system: You are a helpful assistant.
user:
Analyze the provided spectrum to determine if it is a **White Dwarf (WD)**.

A White Dwarf spectrum is defined by its **extreme purity** (due to gravitational settling) and/or **extreme pressure broadening** (due to high surface gravity). You must check for one of the following mutually exclusive signatures:

- **Key Visual Indicators (Check for ONE of these types):**

    - **1. DA-Type Signature (Most Common):**
        - **(Primary Feature):** Extreme pressure broadening (Stark broadening) of the **Hydrogen (H) Balmer lines**.
        - **(Key Lines):** $H\beta$ (approx. $4861$ Å) and $H\gamma$ (approx. $4340$ Å). $H\alpha$ (approx. $6563$ Å) will also be present if the wavelength range covers it.
        - **(Line Profile):** This is the **defining feature**. The lines are **NOT** sharp. They appear as massive, **extremely broad and deep "troughs" or "dips"** in the spectrum, often hundreds of Ångströms wide. The continuum will appear to "scoop" down at these wavelengths.
        - **(Distinction):** Normal A-type or B-type stars have *narrow* and *sharp* Hydrogen lines. A DA White Dwarf's lines are unmistakably "smeared" or "blurry" from pressure.

    - **2. DB-Type Signature:**
        - **(Primary Feature):** Broad absorption lines from **Neutral Helium (He I)**. The spectrum must lack any visible Hydrogen lines.
        - **(Key Lines):** Look for broad absorption near $4471$ Å, $4921$ Å, and $5876$ Å.
        - **(Line Profile):** These lines are also significantly pressure-broadened, appearing much wider than they would in a normal B-type main-sequence star.

    - **3. DC-Type Signature:**
        - **(Primary Feature):** A **featureless continuous spectrum**.
        - **(Line Profile):** The spectrum is a smooth curve with **no significant absorption or emission lines**.
        - **(Key Confirmation):** The continuum is almost always **blue or white**, indicating a hot object. This signature implies the atmosphere is so pure (or so cool) that no spectral lines are visible in the optical range. Its WD identity is confirmed by its extremely low intrinsic brightness (high absolute magnitude).

    - **4. DZ-Type Signature (Metal-Polluted):**
        - **(Primary Feature):** **Isolated, narrow metal absorption lines** on an otherwise featureless (DC-like) continuum.
        - **(Key Lines):** The **Calcium (Ca II) H & K doublet** (approx. **$3934$ Å** and **$3968$ Å**) is the most common and defining feature.
        - **(Line Profile):** These lines are "out of place." They are *not* part of a "forest" of thousands of lines. This signature is evidence of recent *accretion* (pollution) from rocky debris.
        - **(Distinction):** Normal G/K/M stars have a *dense forest* of thousands of metal lines. A DZ has a *clean* continuum with *only a few* strong metal lines.

    - **5. DQ-Type Signature (Carbon-Polluted):**
        - **(Primary Feature):** Absorption bands from **Carbon (C₂ "Swan Bands" or atomic C I)**.
        - **(Key Lines - C₂):** Look for bandheads with a "saw-tooth" shape near $5635$ Å, **$5165$ Å** (strongest), and $4737$ Å.
        - **(Key Confirmation):** The underlying **continuum must be blue or white** (hot).
        - **(Distinction):** This is the critical difference from a **Carbon Star**, which has the *exact same* C₂ bands but on an extremely **red, cool** continuum.

- **(Overall Spectrum):**
    - The continuum (overall shape) is typically **blue-sloping** (brighter in the blue than the red), as most white dwarfs are very hot.
    - The spectrum will look "pure" or "simple," dominated by only *one* of the five signatures listed above.

Think first, call **spectral_visualization_tool** if needed to examine features in detail, then provide your final answer. Your response must adhere to the following strict rules:
1.  **Overall Structure:** Your response must follow the format `<think>...</think> <tool_call>...</tool_call> (if a tool is used) <answer>...</answer>`.
2.  **Tool Usage Constraint:** You may only make **one** tool call per turn.
3.  **Final Answer Format:** In the `<answer>` tag, your conclusion must be inside a `\boxed{}` command (e.g., `\boxed{YES}` or `\boxed{NO}`), followed by your justification.

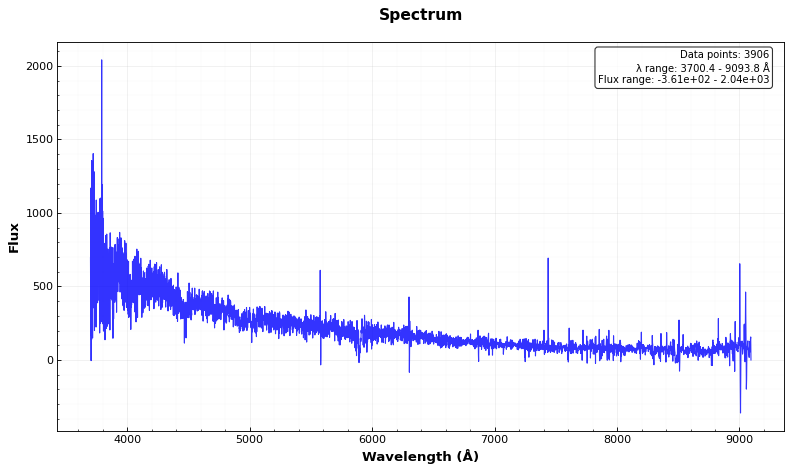
Answer: YES